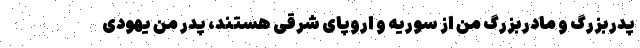
پدربزرگ و مادربزرگ من از سوریه و اروپای شرقی هستند، پدر من یهودی